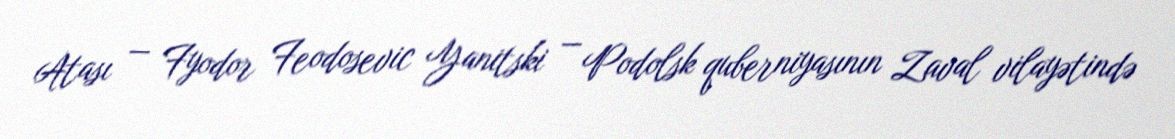
Atası — Fyodor Feodosevic Yanitski — Podolsk quberniyasının Zaval vilayətində